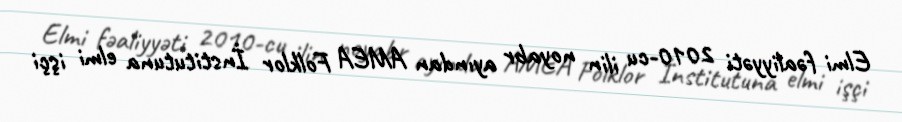
Elmi fəaliyyəti 2010-cu ilin noyabr ayından AMEA Folklor İnstitutuna elmi işçi